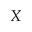
X